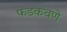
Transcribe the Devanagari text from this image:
फडकवणे